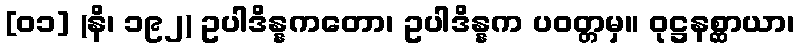
[၀၁] (နိ၊ ၁၉၂) ဥပါဒိန္နကတော၊ ဥပါဒိန္နက ပဝတ္တမှ။ ဝုဋ္ဌနစ္ဆာယာ၊